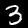
Label: 3